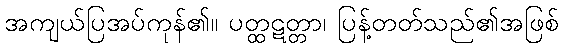
အကျယ်ပြအပ်ကုန်၏။ ပတ္ထဋတ္တာ၊ ပြန့်တတ်သည်၏အဖြစ်